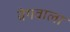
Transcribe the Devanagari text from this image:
वेगवाला